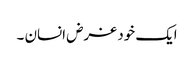
ایک خود غرض انسان ۔